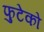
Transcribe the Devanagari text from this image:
फुटेको